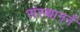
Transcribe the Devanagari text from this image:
संस्थाननें